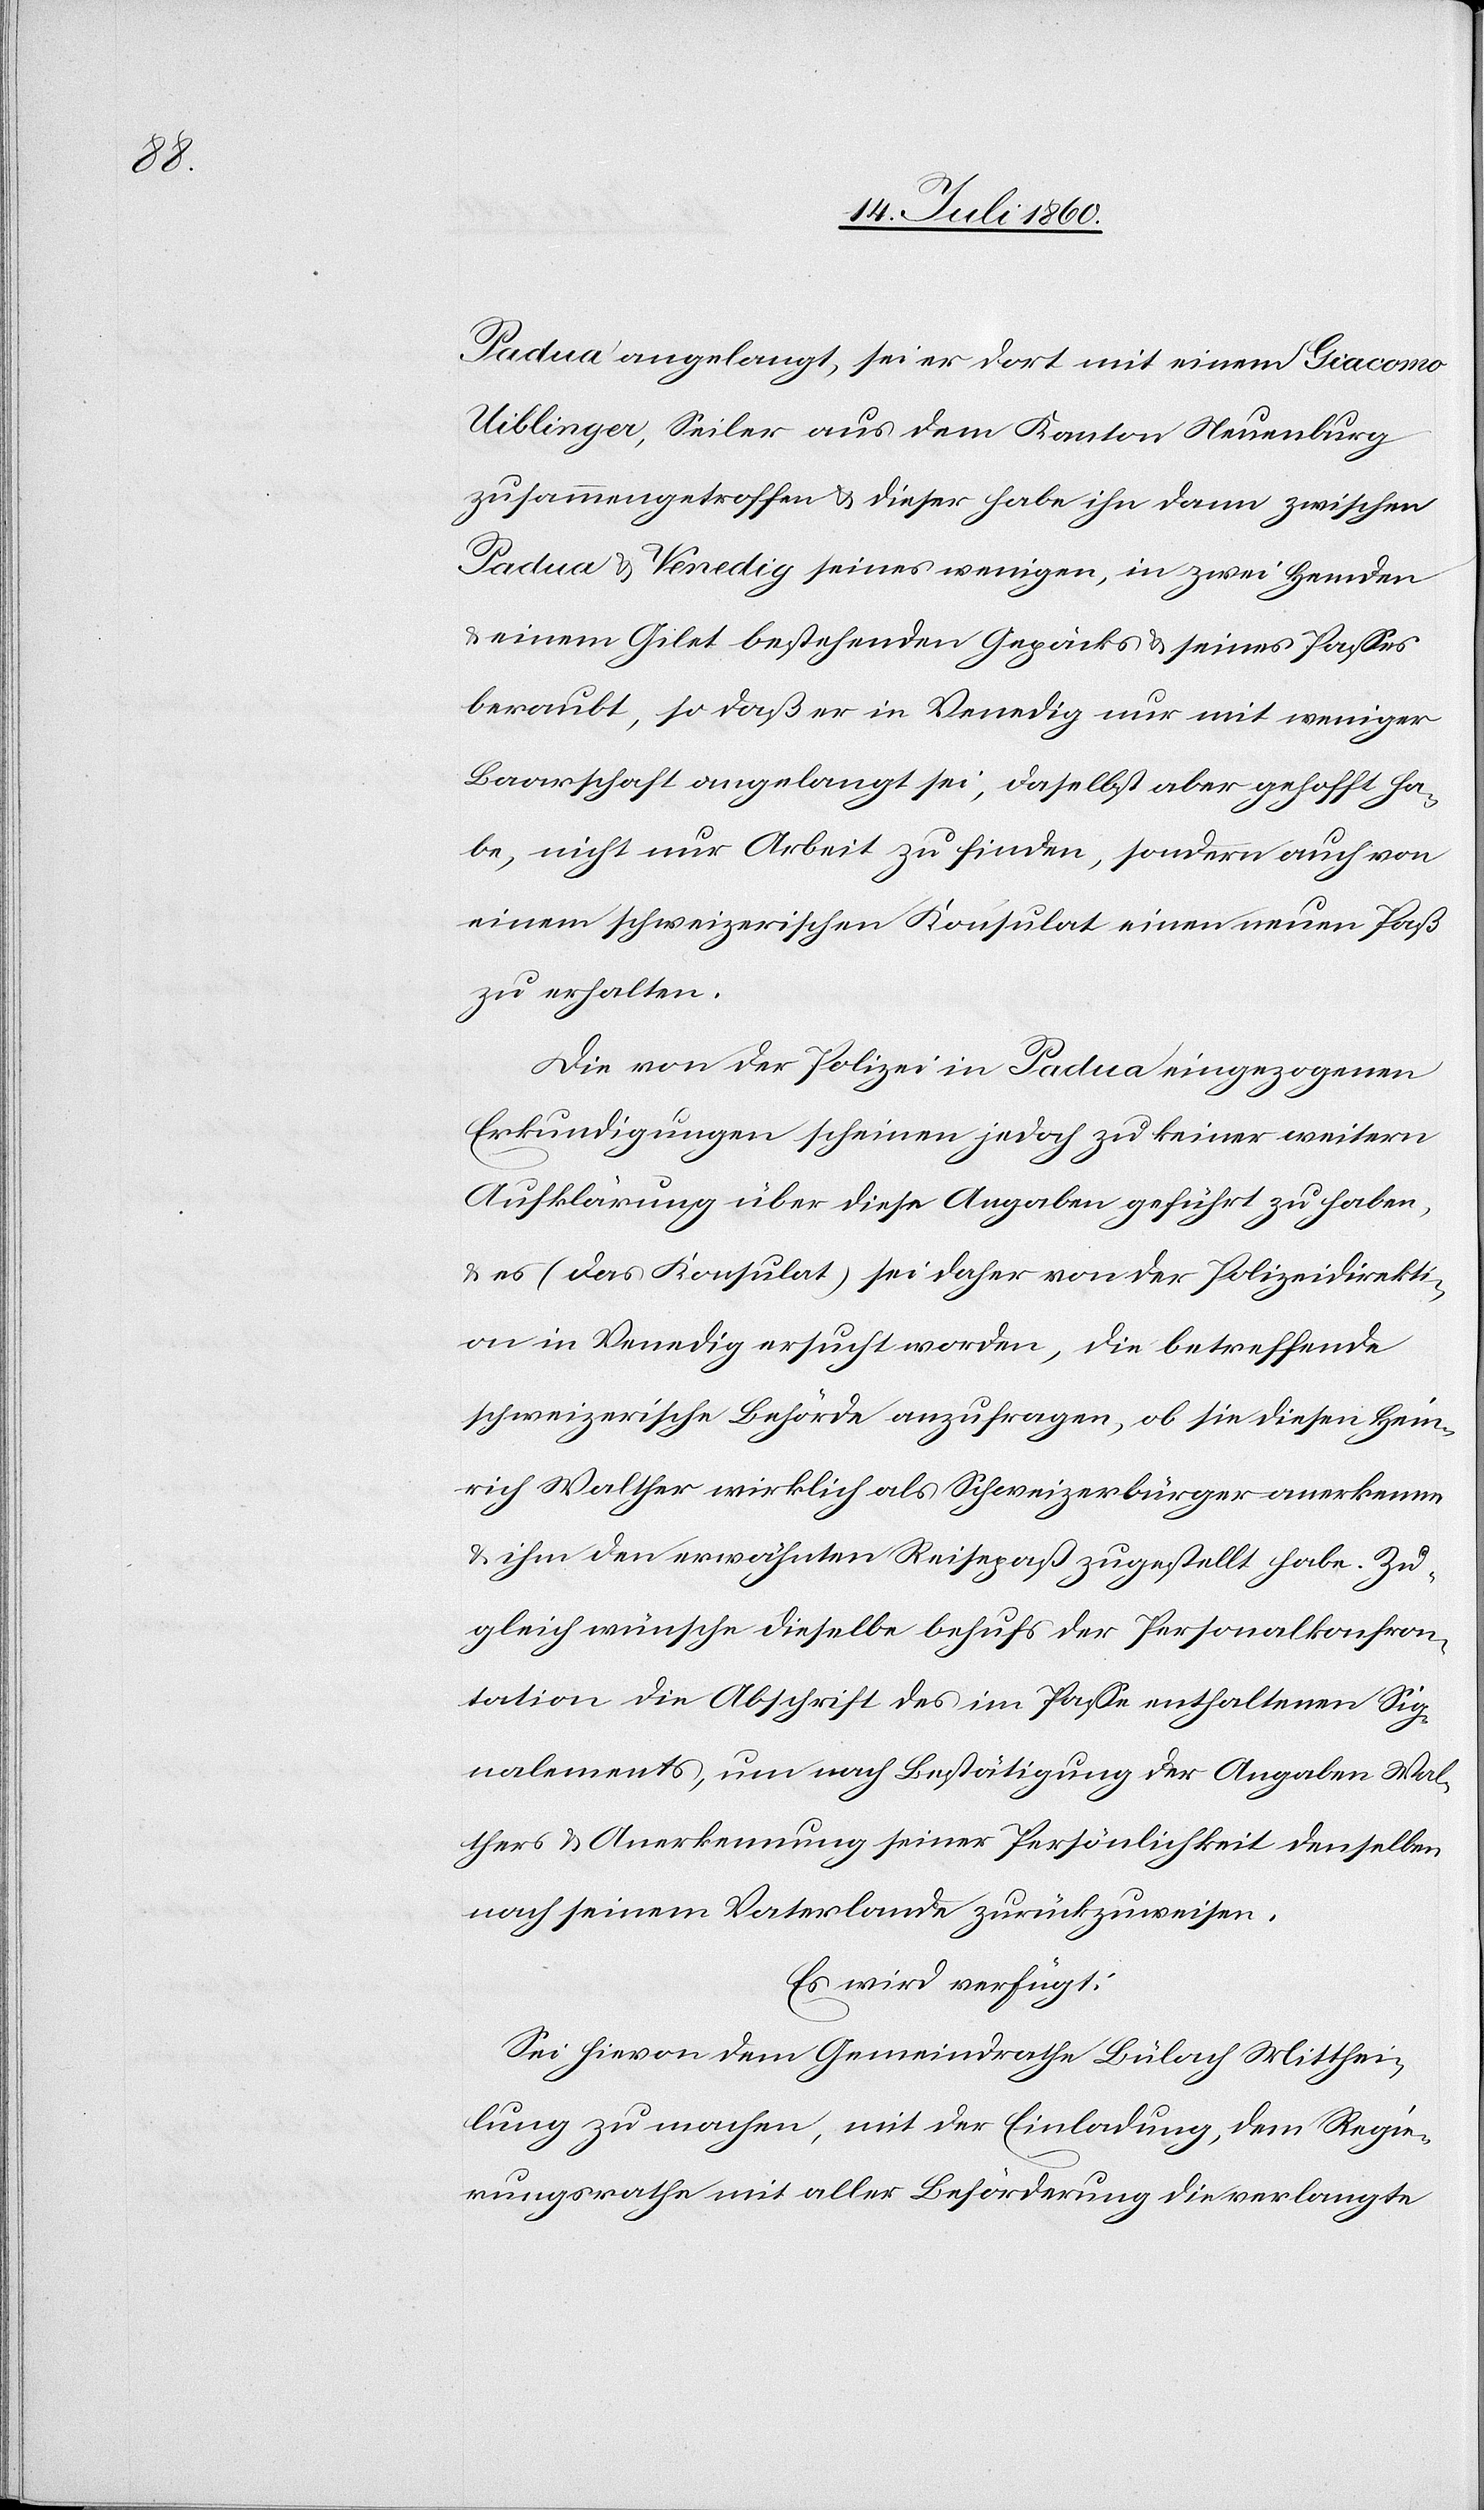
Padua angelangt, sei er dort mit einem Giacomo
Uiblinger, Seiler aus dem Kanton Neuenburg
zusammengetroffen & dieser habe ihn dann zwischen
Padua & Venedig seines wenigen, in zwei Hemden
einem Gilet bestehenden Gepäcks & seines Passes
beraubt, so daß er in Venedig nur mit weniger
Baarschaft angelangt sei, daselbst aber gehofft ha¬
be, nicht nur Arbeit zu finden, sondern auch von
einem schweizerischen Konsulat einen neuen Paß
zu erhalten.
Die von der Polizei in Padua eingezogenen
Erkundigungen scheinen jedoch zu keiner weitern
Aufklärung über diese Angaben geführt zu haben,
& es (das Konsulat) sei daher von der Polizeidirekti¬
on in Venedig ersucht worden, die betreffende
schweizerische Behörde anzufragen, ob sie diesen Hein¬
rich Walther wirklich als Schweizerbürger anerkenne
& ihm den erwähnten Reisepaß zugestellt habe. Zu¬
gleich wünsche dieselbe behufs der Personalkonfron¬
tation die Abschrift des im Passe enthaltenen Sig¬
nalements, um nach Bestätigung der Angaben Wal¬
thers & Anerkennung seiner Persönlichkeit denselben
nach seinem Vaterlande zurückzuweisen.
Es wird verfügt:
Sei hievon dem Gemeindrathe Bülach Mitthei¬
lung zu machen, mit der Einladung, dem Regie¬
rungsrathe mit aller Beförderung die verlangte